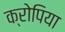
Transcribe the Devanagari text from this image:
क्रोपिया